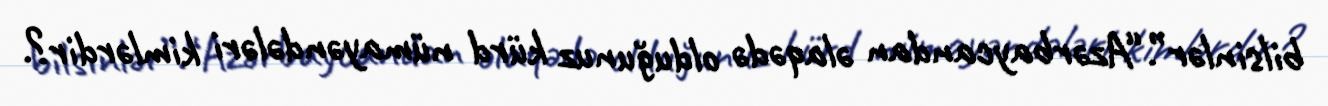
bilsinlər”.“Azərbaycandan əlaqədə olduğunuz kürd nümayəndələri kimlərdir?.